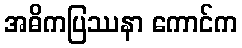
အဓိကပြဿနာ ကောင်က